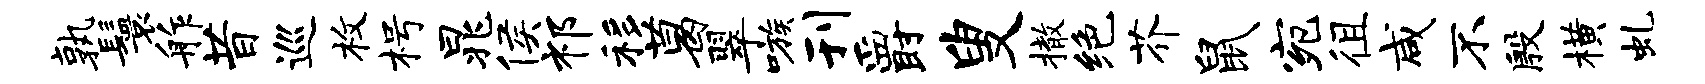
孰鬟舴昔巡枚枵晁侯祁移葛翠嗾刊爵叟撤绝芥鼠宛徂咸不殷横虬